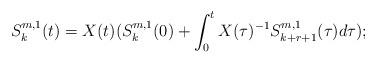
LaTeX: \begin{align*} S_k^{m,1}(t)=X(t)(S_k^{m,1}(0)+\int_{0}^tX(\tau)^{-1}S_{k+r+1}^{m,1}(\tau)d\tau);\end{align*}